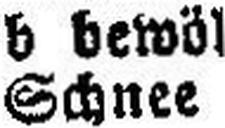
Schnee